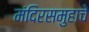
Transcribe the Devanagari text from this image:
मंदिरसमुहाचे